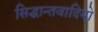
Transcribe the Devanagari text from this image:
सिद्धान्तवादियो